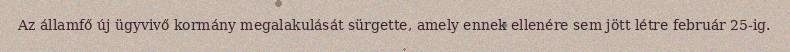
Az államfő új ügyvivő kormány megalakulását sürgette, amely ennek ellenére sem jött létre február 25-ig.